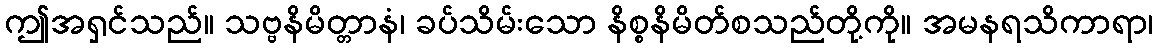
ဤအရှင်သည်။ သဗ္ဗနိမိတ္တာနံ၊ ခပ်သိမ်းသော နိစ္စနိမိတ်စသည်တို့ကို။ အမနရသိကာရာ၊